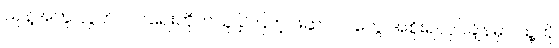
သူနဲ့အတူ လွတ်လပ်ရေးတိုက်ယူခဲ့ကြတဲ့ ဖဆပလတွေ အစိုးရလုပ်ချိန်မှာ သူ့ကို